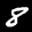
Label: 8